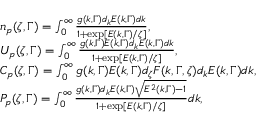
\begin{array} { r l } & { { n _ { p } } ( \zeta , \Gamma ) = \int _ { 0 } ^ { \infty } { \frac { { g ( k , \Gamma ) { d _ { k } } E ( k , \Gamma ) d k } } { { 1 + \exp [ E ( k , \Gamma ) / \zeta ] } } } , } \\ & { U _ { p } ( \zeta , \Gamma ) = \int _ { 0 } ^ { \infty } { \frac { { { g ( k , \Gamma ) } { E ( k , \Gamma ) } { d _ { k } } { E ( k , \Gamma ) } d k } } { { 1 + \exp [ { E ( k , \Gamma ) } / \zeta ] } } } , } \\ & { C _ { p } ( \zeta , \Gamma ) = \int _ { 0 } ^ { \infty } { g ( k , \Gamma ) E ( k , \Gamma ) { d _ { \zeta } } F ( k , \Gamma , \zeta ) { d _ { k } } E ( k , \Gamma ) d k } , } \\ & { P _ { p } ( \zeta , \Gamma ) = \int _ { 0 } ^ { \infty } { \frac { { g ( k , \Gamma ) { d _ { k } } E ( k , \Gamma ) \sqrt { { E ^ { 2 } } ( k , \Gamma ) - 1 } } } { { 1 + \exp [ E ( k , \Gamma ) / \zeta ] } } } d k , } \end{array}